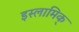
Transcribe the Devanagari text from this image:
इस्लामिक्